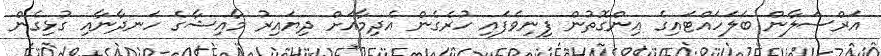
އަރްސަލާން ބަލަހައްޓައިގެ އިންގޮތުން ފިނިވެފައި ހުރެގެން އެދިމާއަށް ދިޔައިރު މާއިޝާގެ ހަނދާނާއި ގުޅިގެން